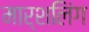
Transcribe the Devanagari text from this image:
मार्शलिंग